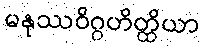
မနုဿဝိဂ္ဂဟိတ္ထိယာ